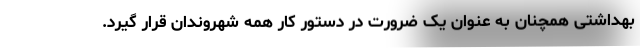
بهداشتی همچنان به عنوان یک ضرورت در دستور کار همه شهروندان قرار گیرد.